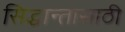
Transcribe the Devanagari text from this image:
सिद्धान्तासाठी